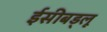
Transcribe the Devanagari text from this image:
ईसीबड्लू